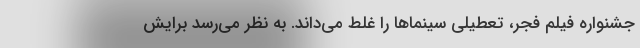
جشنواره فیلم فجر، تعطیلی سینماها را غلط می‌داند. به نظر می‌رسد برایش